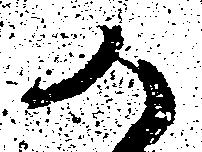
か